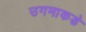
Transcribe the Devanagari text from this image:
उगमाकडे